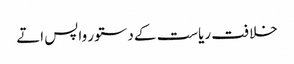
خلافت ریاست کے دستور واپس اتے